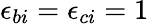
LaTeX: \epsilon_{bi}=\epsilon_{ci}=1